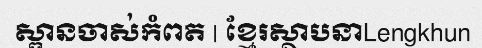
ស្ពានចាស់កំពត | ខ្មែរស្ថាបនាLengkhun